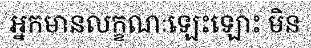
អ្នកមានលក្ខណៈឡេះឡោះ មិន